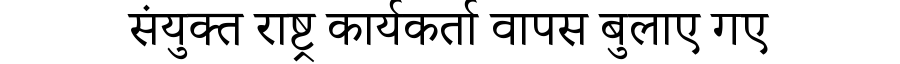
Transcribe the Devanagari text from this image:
संयुक्त राष्ट्र कार्यकर्ता वापस बुलाए गए